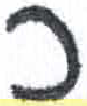
אות: ך